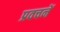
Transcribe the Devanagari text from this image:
प्रवचनें